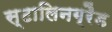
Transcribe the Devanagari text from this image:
स्टालिनग्रैड